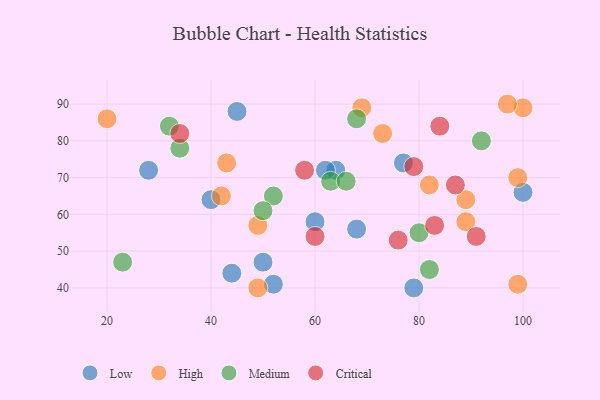
{"axis": {"x": "GDP", "y": "Life Expectancy"}, "legend": ["Critical", "High", "Low", "Medium"], "data": [{"x": "79", "y": 40, "type": "Low"}, {"x": "77", "y": 74, "type": "Low"}, {"x": "50", "y": 47, "type": "Low"}, {"x": "40", "y": 64, "type": "Low"}, {"x": "52", "y": 41, "type": "Low"}, {"x": "60", "y": 58, "type": "Low"}, {"x": "64", "y": 72, "type": "Low"}, {"x": "45", "y": 88, "type": "Low"}, {"x": "28", "y": 72, "type": "Low"}, {"x": "44", "y": 44, "type": "Low"}, {"x": "100", "y": 66, "type": "Low"}, {"x": "68", "y": 56, "type": "Low"}, {"x": "62", "y": 72, "type": "Low"}, {"x": "99", "y": 41, "type": "High"}, {"x": "100", "y": 89, "type": "High"}, {"x": "49", "y": 40, "type": "High"}, {"x": "69", "y": 89, "type": "High"}, {"x": "49", "y": 57, "type": "High"}, {"x": "99", "y": 70, "type": "High"}, {"x": "43", "y": 74, "type": "High"}, {"x": "97", "y": 90, "type": "High"}, {"x": "82", "y": 68, "type": "High"}, {"x": "42", "y": 65, "type": "High"}, {"x": "89", "y": 64, "type": "High"}, {"x": "89", "y": 58, "type": "High"}, {"x": "73", "y": 82, "type": "High"}, {"x": "20", "y": 86, "type": "High"}, {"x": "80", "y": 55, "type": "Medium"}, {"x": "92", "y": 80, "type": "Medium"}, {"x": "32", "y": 84, "type": "Medium"}, {"x": "63", "y": 69, "type": "Medium"}, {"x": "66", "y": 69, "type": "Medium"}, {"x": "52", "y": 65, "type": "Medium"}, {"x": "23", "y": 47, "type": "Medium"}, {"x": "34", "y": 78, "type": "Medium"}, {"x": "68", "y": 86, "type": "Medium"}, {"x": "50", "y": 61, "type": "Medium"}, {"x": "82", "y": 45, "type": "Medium"}, {"x": "84", "y": 84, "type": "Critical"}, {"x": "79", "y": 73, "type": "Critical"}, {"x": "76", "y": 53, "type": "Critical"}, {"x": "83", "y": 57, "type": "Critical"}, {"x": "60", "y": 54, "type": "Critical"}, {"x": "87", "y": 68, "type": "Critical"}, {"x": "58", "y": 72, "type": "Critical"}, {"x": "34", "y": 82, "type": "Critical"}, {"x": "91", "y": 54, "type": "Critical"}]}